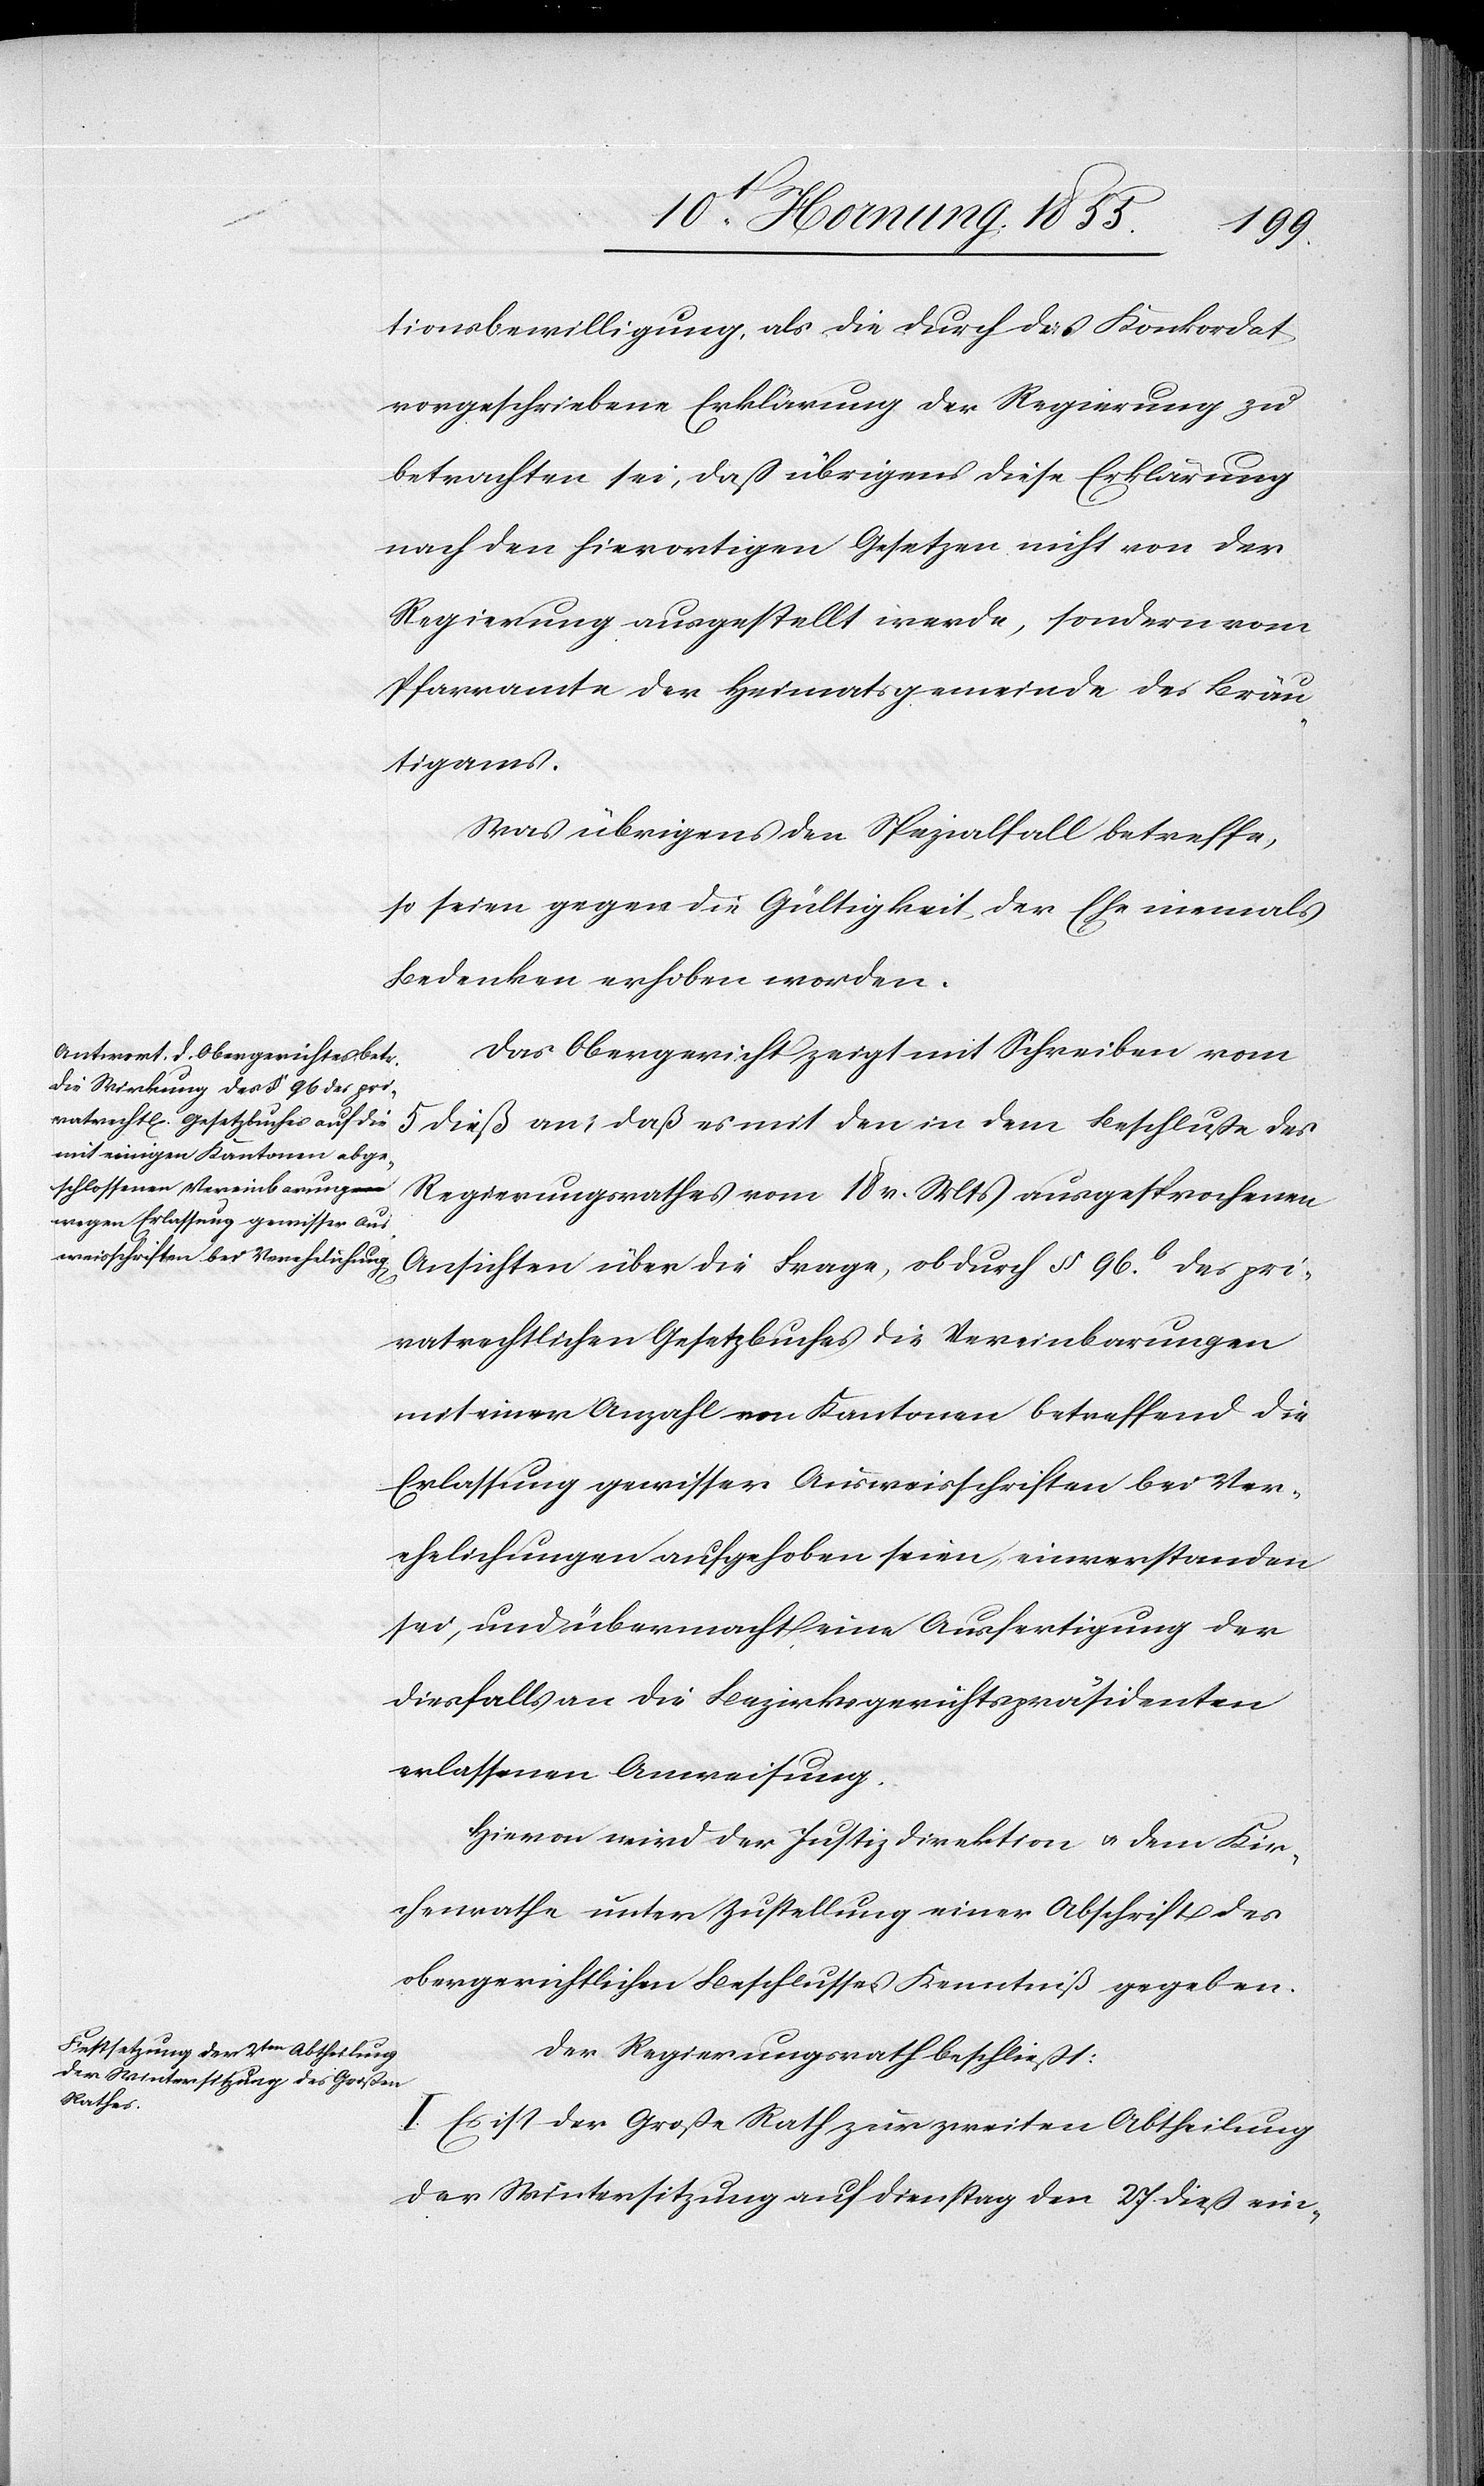
tionsbewilligung, als die durch das Konkordat
vorgeschriebene Erklärung der Regierung zu
betrachten sei, dass übrigens diese Erklärung
nach den hierortigen Gesetzen nicht von der
Regierung ausgestellt werde, sondern vom
Pfarramte der Heimatsgemeinde des Bräu¬
tigams.
Was übrigens den Spezialfall betreffe,
so seien gegen die Gültigkeit der Ehe niemals
Bedenken erhoben worden.
Das Obergericht zeigt mit Schreiben vom
5 dieß an, daß es mit den in dem Beschlusse des
Regierungsrathes vom 18 v. Mts ausgesprochenen
Ansichten über die Frage, ob durch § 96.b des pri¬
vatrechtlichen Gesetzbuches die Vereinbarungen
mit einer Anzahl von Kantonen betreffend die
Erlassung gewisser Ausweisschriften bei Ver¬
ehelichungen aufgehoben seien, einverstanden
sei, und übermacht eine Ausfertigung der
diesfalls an die Bezirksgerichtspräsidenten
erlassenen Anweisung.
Hievon wird der Justizdirektion & dem Kir¬
chenrathe unter Zustellung einer Abschrift des
obergerichtlichen Beschlusses Kenntniß gegeben.
Der Regierungsrath beschließt:
I. Es ist der Große Rath zur zweiten Abtheilung
der Wintersitzung auf Dienstag den 27 dieß ein-